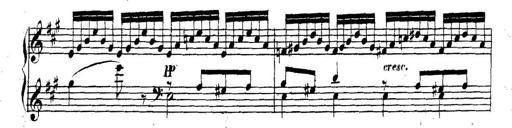
Title: Collected Piano Sonatas
Composer: Muzio Clementi